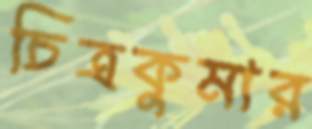
চিত্রকুমার